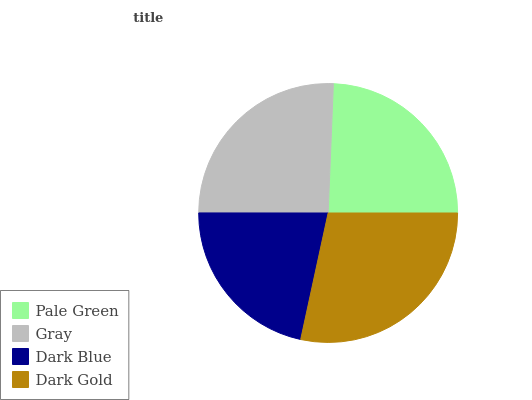
| Pale Green | Gray | Dark Blue | Dark Gold |
 | --- | --- | --- | --- |
 | 24.4% | 25.6% | 21.7% | 28.3% |